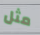
مثل